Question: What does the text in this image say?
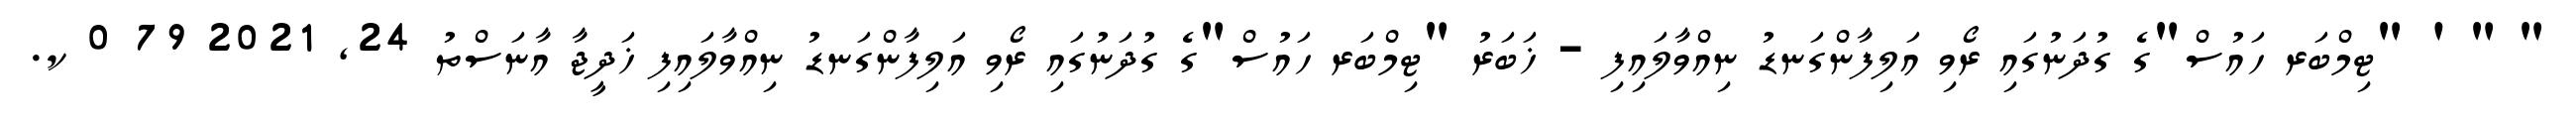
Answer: " " ' "ޓިމްބަރ ހައުސް"ގެ ގުދަނުގައި ރޯވި އަލިފާންގަނޑު ނިއްވާލައިފި - ޚަބަރު "ޓިމްބަރ ހައުސް"ގެ ގުދަނުގައި ރޯވި އަލިފާންގަނޑު ނިއްވާލައިފި ޚަދީޖާ އާނަސްތު 24, 2021 79 0 ކ.